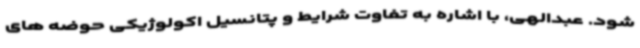
شود. عبدالهی، با اشاره به تفاوت شرایط و پتانسیل اکولوژیکی حوضه های